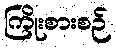
ကြိုးစားစဉ်